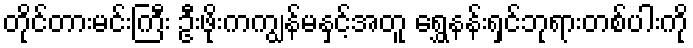
တိုင်တားမင်းကြီး ဦးဖိုးကကျွန်မနှင့်အတူ ရွှေနန်းရှင်ဘုရားတစ်ပါးကို